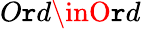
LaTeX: O\mathtt{r}d\inO\mathtt{r}d